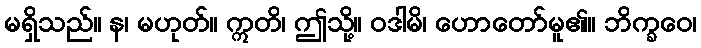
မရှိသည်။ န၊ မဟုတ်။ ဣတိ၊ ဤသို့။ ဝဒါမိ၊ ဟောတော်မူ၏။ ဘိက္ခဝေ၊